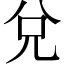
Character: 兌